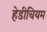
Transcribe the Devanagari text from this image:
हेडीचियम